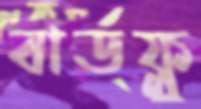
বার্ডফ্লু